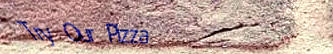
Try Our Pizza